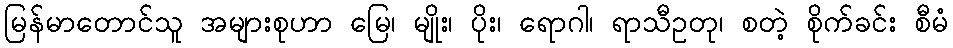
မြန်မာတောင်သူ အများစုဟာ မြေ၊ မျိုး၊ ပိုး၊ ရောဂါ၊ ရာသီဥတု၊ စတဲ့ စိုက်ခင်း စီမံ